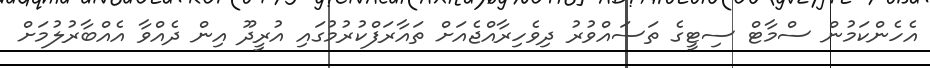
އެހެންކަމުން ސްމާޓް ސިޓީގެ ތަސައްވުރު ދިވެހިރާއްޖެއަށް ތައާރަފްކުރުމުގައި އުރީދޫ އިން ދެއްވާ އެއްބާރުލުމަށް